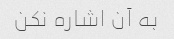
به آن اشاره نکن